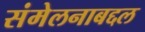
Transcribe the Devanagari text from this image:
संमेलनाबद्दल